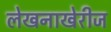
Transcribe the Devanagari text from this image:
लेखनाखेरीज